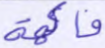
فاكهة